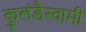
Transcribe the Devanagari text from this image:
कुलंडैस्वामी